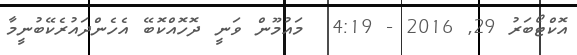
އޮކްޓޯބަރު 29